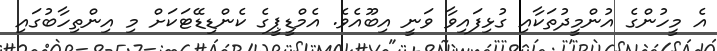
އެ މީހުންގެ އުންމީދުތަކާއި ގުޅިފައިވާ ވަނީ އިބޫއެވެ. އެމްޑީޕީގެ ކެންޑިޑޭޓަކަށް މި އިންތިހާބުގައި